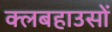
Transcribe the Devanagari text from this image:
क्लबहाउसों